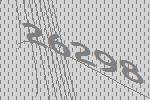
26298